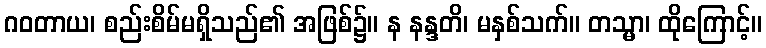
ဂဝတာယ၊ စည်းစိမ်မရှိသည်၏ အဖြစ်၌။ န နန္ဒတိ၊ မနှစ်သက်။ တသ္မာ၊ ထိုကြောင့်။